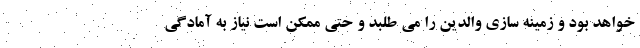
خواهد بود و زمینه سازی والدین را می طلبد و حتی ممکن است نیاز به آمادگی